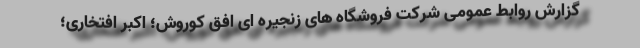
گزارش روابط عمومی شرکت فروشگاه های زنجیره ای افق کوروش؛ اکبر افتخاری؛